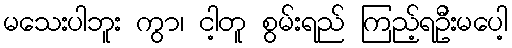
မသေးပါဘူး ကွာ၊ ငါ့တူ စွမ်းရည် ကြည့်ရဦးမပေါ့